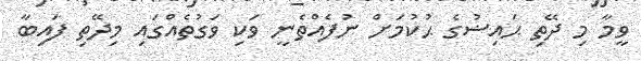
ވީމާ މި ދޭތި ޙައިޟުގެ ޙުކުމަށް ނުފެއްތެނީ ވަކި ވަގުތެއްގައި މިދޭތި ފައިބާ